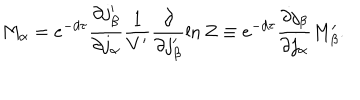
LaTeX: M _ { \alpha } = e ^ { - d \tau } \frac { \partial j _ { \beta } ^ { \prime } } { \partial j _ { \alpha } } \frac { 1 } { V ^ { \prime } } \frac { \partial } { \partial j _ { \beta } ^ { \prime } } \ln Z \equiv e ^ { - d \tau } \frac { \partial j _ { \beta } } { \partial j _ { \alpha } } M _ { \beta } ^ { \prime } .